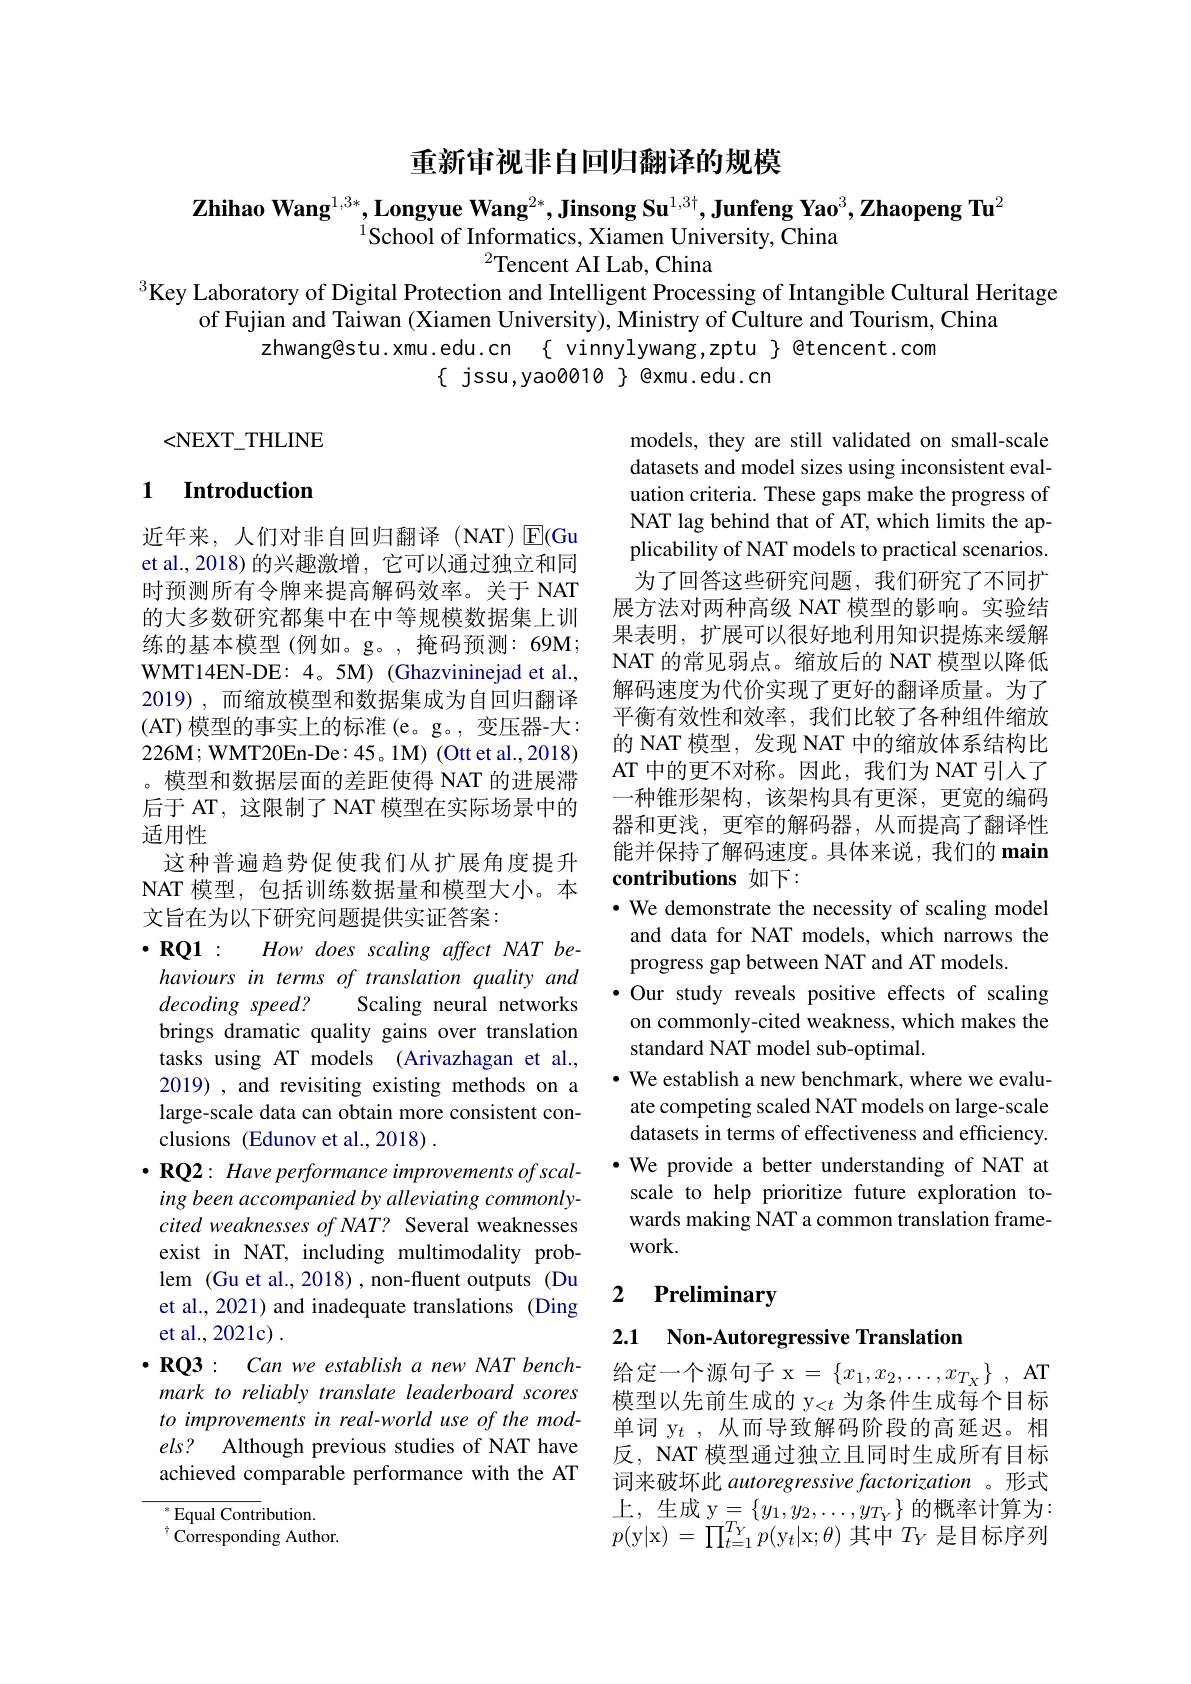
重新审视非自回归翻译的规模

$\textbf{Zhihao Wang}^{1,3*},\textbf{Longyue Wang}^{2*},\textbf{Jinsong Su}^{1,3\dagger},\textbf{Junfeng Yao}^3,\textbf{Zhaopeng Tu}^2$
$^{1}$School of Informatics, Xiamen University, China
$^{2}$Tencent AI Lab, China

$^{3}$Key Laboratory of Digital Protection and Intelligent Processing of Intangible Cultural Heritage
of Fujian and Taiwan (Xiamen University), Ministry of Culture and Tourism, China
$\{$ jssu,yao0010 $\}$ @xmu.edu.cn

<NEXT$\_$THLINE

## 1 Introduction

models, they are still validated on small-scale datasets and model sizes using inconsistent evaluation criteria. These gaps make the progress of NAT lag behind that of AT, which limits the applicability of NAT models to practical scenarios. 为了回答这些研究问题，我们研究了不同扩展方法对两种高级 NAT 模型的影响。实验结果表明，扩展可以很好地利用知识提炼来缓解NAT 的常见弱点。缩放后的 NAT 模型以降低解码速度为代价实现了更好的翻译质量。为了平衡有效性和效率，我们比较了各种组件缩放的 NAT 模型，发现 NAT 中的缩放体系结构比AT 中的更不对称。因此，我们为 NAT 引人了一种锥形架构，该架构具有更深，更宽的编码器和更浅，更窄的解码器，从而提高了翻译性能并保持了解码速度。具体来说，我们的 main contributions 如下：
· We demonstrate the necessity of scaling model and data for NAT models, which narrows the progress gap between NAT and AT models.
·Our study reveals positive effects of scaling on commonly-cited weakness, which makes the standard NAT model sub-optimal.
$•$ We establish a new benchmark, where we evaluate competing scaled NAT models on large-scale datasets in terms of effectiveness and efficiency.
·We provide a better understanding of NAT at
scale to help prioritize future exploration towards making NAT a common translation framework.

近年来，人们对非自回归翻译(NAT)E(Gu et al., 2018) 的兴趣激增，它可以通过独立和同时预测所有令牌来提高解码效率。关于 NAT 的大多数研究都集中在中等规模数据集上训练的基本模型(例如。g。,掩码预测：69M; WMT14EN-DE: 4。5M) (Ghazvininejad et al., 2019),而缩放模型和数据集成为自回归翻译(AT) 模型的事实上的标准 (e。g。,变压器-大： $226\mathbf{M};\mathbf{WMT20En-De}:45。1\mathbf{M})$(Ottet al.,2018) 。模型和数据层面的差距使得 NAT 的进展滞后于 AT, 这限制了 NAT 模型在实际场景中的适用性
这种普遍趋势促使我们从扩展角度提升NAT 模型，包括训练数据量和模型大小。本文旨在为以下研究问题提供实证答案：
$\bullet$RQ1: How does scaling affect NAT behaviours in terms of translation quality and $decoding speed?$ Scaling neural networks brings dramatic quality gains over translation tasks using AT models (Arivazhagan et al., 2019) , and revisiting existing methods on a large-scale data can obtain more consistent conclusions (Edunov et al.,2018) .
$\bullet\mathbf{RQ2:~Have~performance~improvements~of~scal-~}$ ing been accompanied by alleviating commonlycited weaknesses of NAT? Several weaknesses exist in NAT, including multimodality problem (Gu et al., 2018) ,non-fluent outputs (Du et al., 2021) and inadequate translations (Ding et al., 2021c) .
$\bullet \mathbf{RQ3}:$ Can we establish a new NAT benchmark to reliably translate leaderboard scores to improvements in real-world use of the models? Although previous studies of NAT have achieved comparable performance with the AT $^{*}$Equal Contribution.
$^{\dagger}$Corresponding Author.

## 2 $\textbf{Preliminary}$

2.1 Non-Autoregressive Translation

给定一个源句子 x $= \{ x_1, x_2, \ldots , x_{T_X}\}$ , AT 模型以先前生成的 y$_{<t}$为条件生成每个目标单词 y$_t$ ,从而导致解码阶段的高延迟。相反，NAT 模型通过独立且同时生成所有目标词来破坏此 autoregressive factorization 。形式上，生成 y$=\left\{y_1,y_2,\ldots,y_{T_Y}\right\}$的概率计算为： $p($y|x) = $\prod _t= 1^{T_Y}p($y$t|$x$;\theta)$其中$T_Y$是目标序列